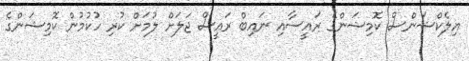
އިލެކްޝަންސް ކޮމިޝަންގެ ރައީސާއި ނައިބް ރައީސް ޖަލަށް ލުމަށް ކުރި ހުކުމުން ކޮމިޝަންގެ